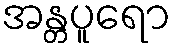
အန္တပူရော